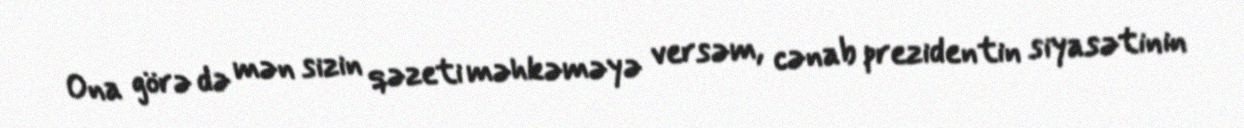
Ona görə də mən sizin qəzeti məhkəməyə versəm, cənab prezidentin siyasətinin